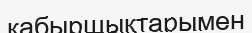
қабыршықтарымен